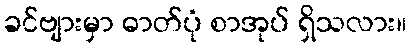
ခင်ဗျားမှာ ဓာတ်ပုံ စာအုပ် ရှိသလား။